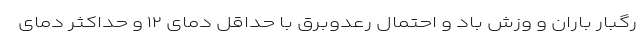
رگبار باران و وزش باد و احتمال رعدوبرق با حداقل دمای ۱۲ و حداکثر دمای